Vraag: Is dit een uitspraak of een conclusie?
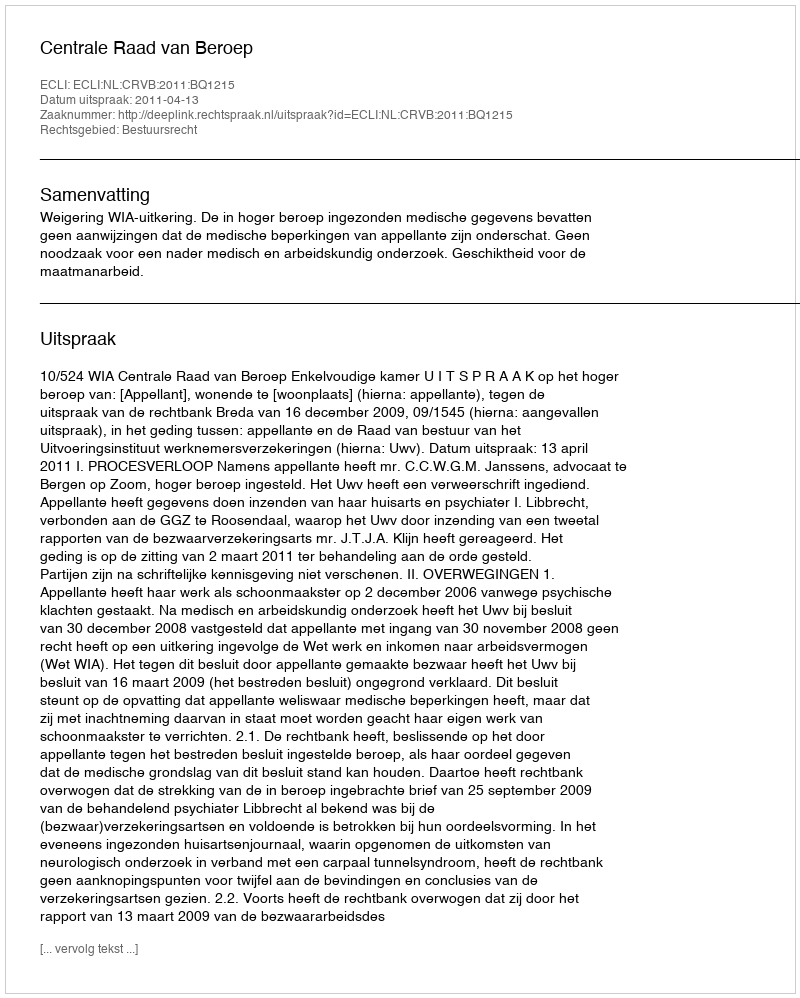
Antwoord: Uitspraak